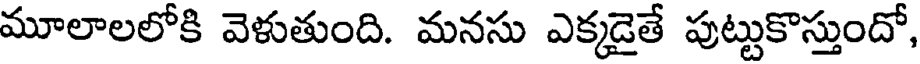
మూలాలలోకి వెళుతుంది. మనసు ఎక్కడైతే పుట్టుకొస్తుందో,